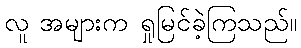
လူ အများက ရှုမြင်ခဲ့ကြသည်။